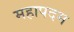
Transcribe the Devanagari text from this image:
महापदम